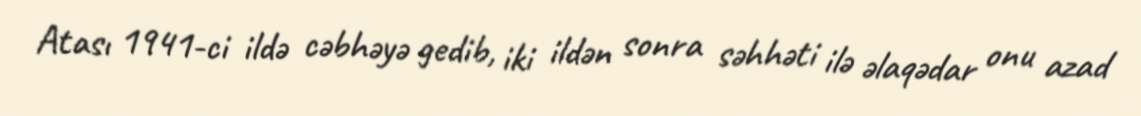
Atası 1941-ci ildə cəbhəyə gedib, iki ildən sonra səhhəti ilə əlaqədar onu azad